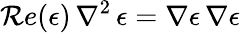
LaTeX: \mathcal{R}e(\epsilon)\, \nabla^{2}\, \epsilon=\nabla\epsilon\, \nabla\epsilon